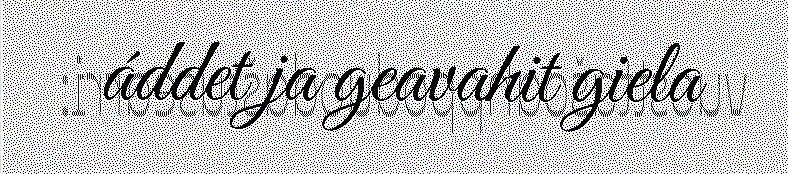
áddet ja geavahit giela